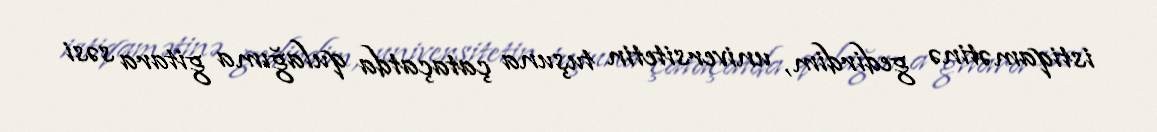
istiqamətinə gedirdim, universitetin tuşuna çataçatda qulağıma gitara səsi